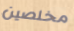
مخلصين